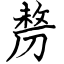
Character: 剺